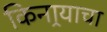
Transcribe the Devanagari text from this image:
किनार्‍याचा